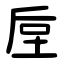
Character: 垕